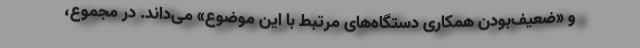
و «ضعیف‌بودن همکاری دستگاه‌های مرتبط با این موضوع» می‌داند. در مجموع،